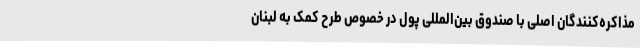
مذاکره‌کنندگان اصلی با صندوق بین‌المللی پول در خصوص طرح کمک به لبنان